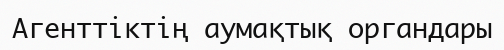
Агенттіктің аумақтық органдары